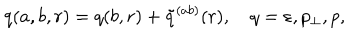
LaTeX: q ( a , b , r ) = q ( b , r ) + \tilde { q } ^ { ( a b ) } ( r ) , \quad q = \varepsilon , p _ { \perp } , p ,